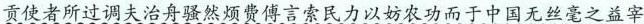
贡使者所过调夫治舟骚然烦费傅言索民力以妨农功而于中国无丝毫之益宰